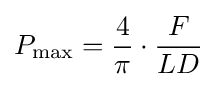
P_{\mathrm {max} }={\frac {4}{\pi }}\cdot {\frac {F}{LD}}